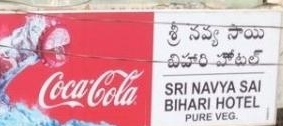
Language: telugu
Transcription: నవ్య సాయి హోటల్ శ్రీ బిహారి